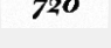
720